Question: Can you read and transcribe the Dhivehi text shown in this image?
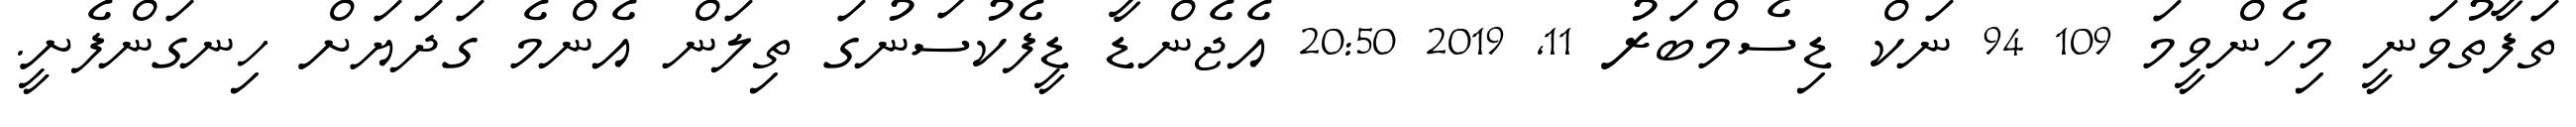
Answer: ތަފާތުވަނީ މިހެންވީމަ 109 94 ނަކް ޑިސެމްބަރު 11, 2019 20:50 އެޖެންޑާ ޑީފެކުސަނުގަ ތިލަން އެންމެ ގަދަޔަށް ހިނގަންފެށީ.